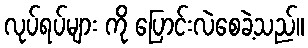
လုပ်ရပ်များ ကို ပြောင်းလဲစေခဲ့သည်။